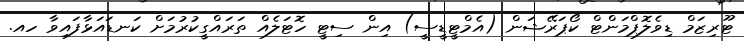
ޓޫރިޒަމް ޑިވެލޮޕްމަންޓް ކޯޕަރޭޝަން (އެމްޓީޑީސީ) އިން ސިޓީ ހޮޓަލެއް ތަރައްގީކުރުމަށް ކަނޑައަޅާފައިވާ ހއ.